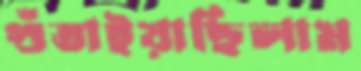
গুঁতাইয়াছিলাম